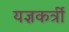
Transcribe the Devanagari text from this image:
यज्ञकर्त्री